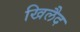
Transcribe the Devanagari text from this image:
खिलैद